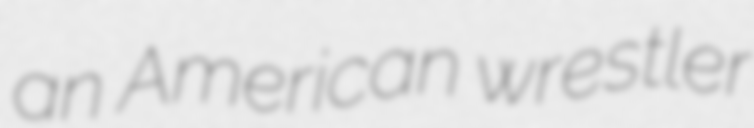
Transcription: an American wrestler